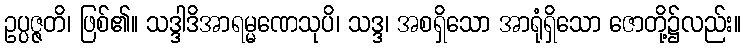
ဥပ္ပဇ္ဇတိ၊ ဖြစ်၏။ သဒ္ဒါဒိအာရမ္မဏေသုပိ၊ သဒ္ဒ၊ အစရှိသော အာရုံရှိသော ဇောတို့၌လည်း။